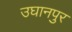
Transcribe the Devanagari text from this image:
उघानपुर